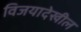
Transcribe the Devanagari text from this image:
विजयादेखील